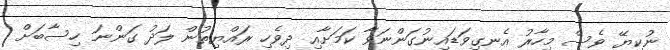
ނުކިޔޭ ވެސް މިހާރު އެނގިވަޑައިނުގަންނަވާ ކަމަށާއި ދިވެހި ރައްޔިތުން ލަދު ގަންނަ ހިސާބަށް